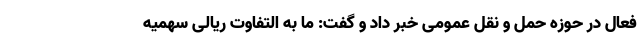
فعال در حوزه حمل و نقل عمومی خبر داد و گفت: ما به التفاوت ریالی سهمیه